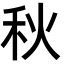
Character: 秋